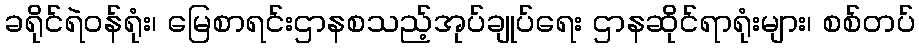
ခရိုင်ရဲဝန်ရုံး၊ မြေစာရင်းဌာနစသည့်အုပ်ချုပ်ရေး ဌာနဆိုင်ရာရုံးများ၊ စစ်တပ်